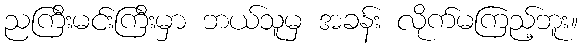
ညကြီးမင်းကြီးမှာ ဘယ်သူမှ အခန်း လိုက်မကြည့်ဘူး။